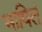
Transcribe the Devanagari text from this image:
भाषितं